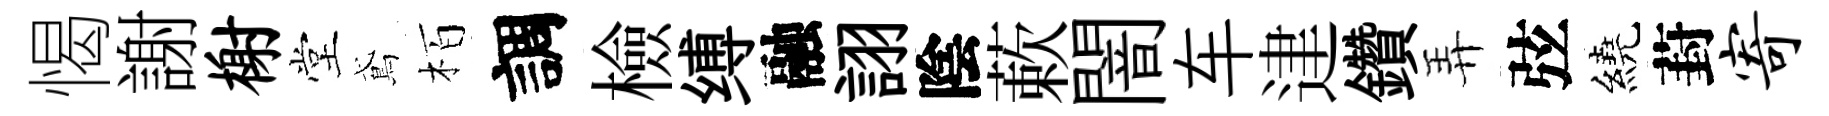
愒謝榭堂鳶栢調檢缚融詡陰蔌闇车䢖鑽弄弦繞葑寄